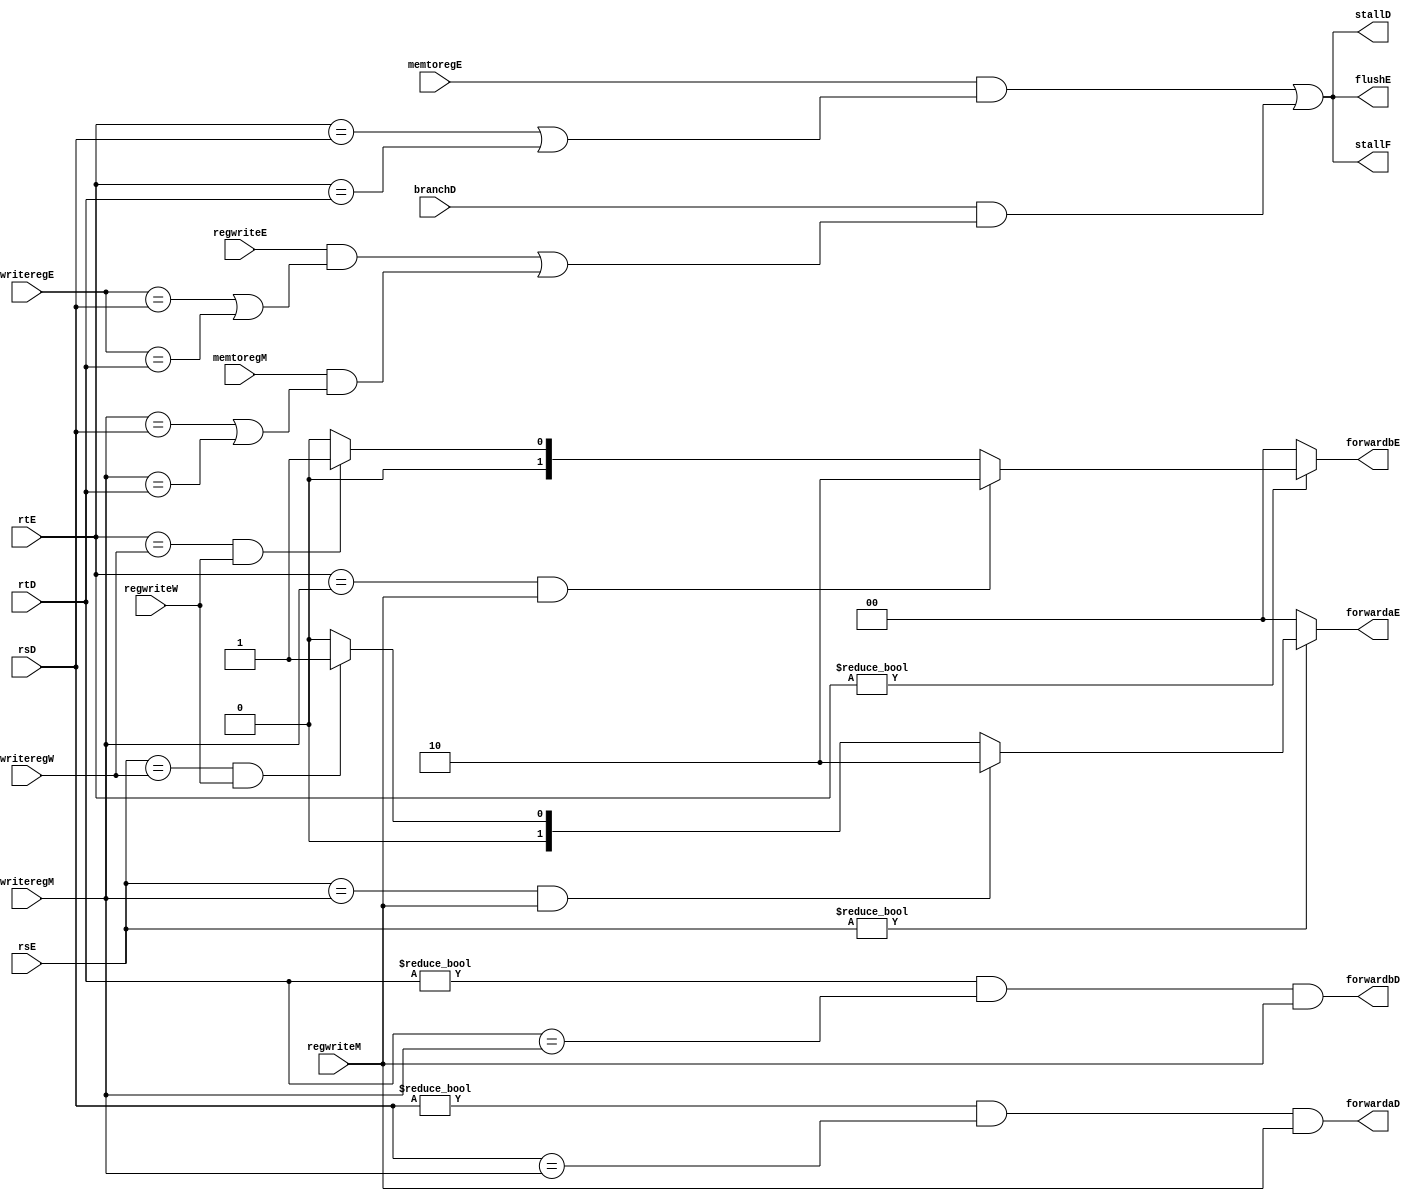
`timescale 1ns / 1ps
//////////////////////////////////////////////////////////////////////////////////
// Company: 
// Engineer: 
// 
// Design Name: 
// Module Name: hazard
// Project Name: 
// Target Devices: 
// Tool Versions: 
// Description: 
// 
// Dependencies: 
// 
// Revision:
// Revision 0.01 - File Created
// Additional Comments:
// 
//////////////////////////////////////////////////////////////////////////////////


module hazard(
	//fetch stage
	output wire stallF,
	//decode stage
	input wire[4:0] rsD,rtD,
	input wire branchD,
	output wire forwardaD,forwardbD,
	output wire stallD,
	//execute stage
	input wire[4:0] rsE,rtE,
	input wire[4:0] writeregE,
	input wire regwriteE,
	input wire memtoregE,
	output reg[1:0] forwardaE,forwardbE,
	output wire flushE,
	//mem stage
	input wire[4:0] writeregM,
	input wire regwriteM,
	input wire memtoregM,

	//write back stage
	input wire[4:0] writeregW,
	input wire regwriteW
    );

	wire lwstallD,branchstallD;

	//forwarding sources to D stage (branch equality)
	assign forwardaD = (rsD != 0 & rsD == writeregM & regwriteM);
	assign forwardbD = (rtD != 0 & rtD == writeregM & regwriteM);
	
	//forwarding sources to E stage (ALU)

	always @(*) begin
		forwardaE = 2'b00;
		forwardbE = 2'b00;
		if(rsE != 0) begin
			/* code */
			if(rsE == writeregM & regwriteM) begin
				/* code */
				forwardaE = 2'b10;
			end else if(rsE == writeregW & regwriteW) begin
				/* code */
				forwardaE = 2'b01;
			end
		end
		if(rtE != 0) begin
			/* code */
			if(rtE == writeregM & regwriteM) begin
				/* code */
				forwardbE = 2'b10;
			end else if(rtE == writeregW & regwriteW) begin
				/* code */
				forwardbE = 2'b01;
			end
		end
	end

	//stalls
	assign  lwstallD = memtoregE & (rtE == rsD | rtE == rtD);
	assign  branchstallD = branchD &
				(regwriteE & 
				(writeregE == rsD | writeregE == rtD) |
				memtoregM &
				(writeregM == rsD | writeregM == rtD));
	assign  stallD = lwstallD | branchstallD;
	assign  stallF = stallD;
		//stalling D stalls all previous stages
	assign  flushE = stallD;
		//stalling D flushes next stage
	// Note: not necessary to stall D stage on store
  	//       if source comes from load;
  	//       instead, another bypass network could
  	//       be added from W to M
endmodule